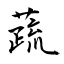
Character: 蔬